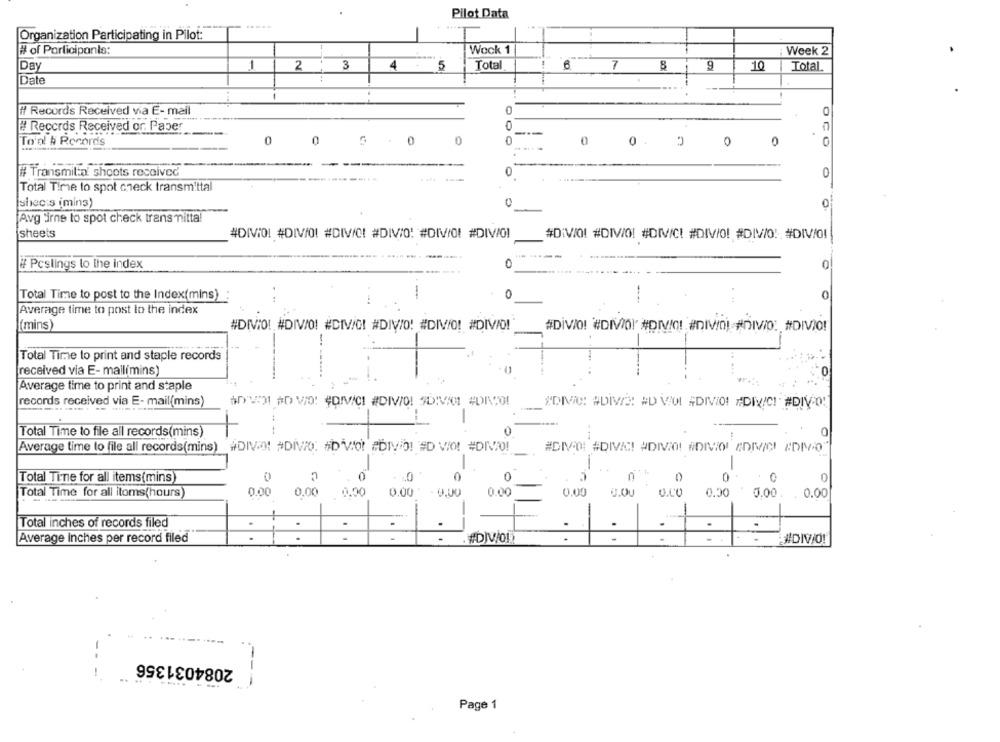
Pilot Data
Organization Participating in Pilot:
# of Participants:
Wock 1
Week 2
Day
2
3
4
5
Total
-
6
7
8
9
10
Total.
1
Date
# Records Received via E-mail
# Records Received or Paper
To'n & Records
0
0
0
0
0
0 .
0
OCO
0
# Transmil:a shoots received
0
0
O
Total Time to spot check transmittal
shecis imins)
0
Avg irne to spot check trans mitta!
sheets
#DIVIOL #DIV/O! #DIV/C! #DIVIO: #DIV/01 #DIV/0)
#DIVIO! #DIV/O! #DIVICI #DIV/O! #DIV/O! #DIV/0!
# Pcslings lo the index
0
0
Total Time to post to the Index(mins)
0
0
Average time to post lo the index
(mins)
#DIVIO! #DIV/O! #CIVICI #DIV/O! #DIV/O! #DIV/O!"
#DiVIO! #DIVO!" #DIVIC! #DIVIOL #DIVIO: #DIVIO!
-
Total Time to print and staple records
received via E- mail(mins)
0
-
Average time to print and staple
records received via E- mail(mins)
------
#DIVIC: #DIVIS! #D VIOL #DIVIO! #DIVICI #DIV.D!
-
Total Time to file all records(mins)
0
Average time to file all records(mins) #DIV.01 #DIVO. #b VIO! PDIVID! #D VIO! #DITO!
#DIVID #DIVIC! #DIVIDI NOIVO EDIVICI ADIO"
Total Time for all items(mins)
0
0
0
0
0
0
Total Time for all itoms(hours)
0.00
0.00
0.00
0.00
0.00
U.OU
U.CO
0.50
0.00
0.00
-
Total inches of records filed
-
-
-
Average inches per record filed
#DJV/01
#DIVIO!
2084031356
---
---
Page 1